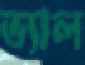
ভ্যাল